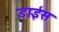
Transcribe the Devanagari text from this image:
डाईस